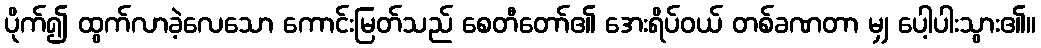
ပိုက်၍ ထွက်လာခဲ့လေသော ကောင်းမြတ်သည် စေတီတော်၏ အေးရိပ်ဝယ် တစ်ခဏတာ မျှ ပေါ့ပါးသွား၏။